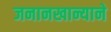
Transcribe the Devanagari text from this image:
जनानखान्याने